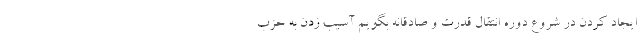
ایجاد کردن در شروع دوره انتقال قدرت و صادقانه بگویم آسیب زدن به حزب